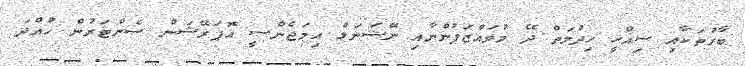
ބާރުތަކާއި ސިއްހީ ހިދުމަތް ދޭ މުވައްޒަފުންނާއި ނޭޝަނަލް އިމަޖެންސީ އޮޕަރޭޝަން ސެންޓަރުން ހުއްދަ